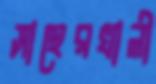
সাহেরখালী